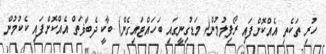
ހުރި ތަކެތި އެއްކޮށްފައި ރޯފިލުމުން( މަޑުގިނީގައި ބަހައްޓައިގެން) ބާކީ ދެބާޥަތް އެއްކޮށްފައި ކެކުމުން